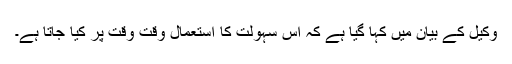
وکیل کے بیان میں کہا گیا ہے کہ اس سہولت کا استعمال وقت وقت پر کیا جاتا ہے۔